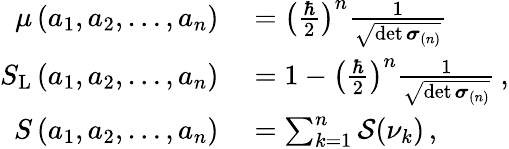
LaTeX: \begin{array}{rl}{\mu\left(a_{1},a_{2},\dots,a_{n}\right)}&{{}=\left(\frac{\hbar}{2}\right)^{n}\frac{1}{\sqrt{\operatorname*{det}\boldsymbol{\sigma}_{(n)}}}}\\ {S_{\mathrm{L}}\left(a_{1},a_{2},\dots,a_{n}\right)}&{{}=1-\left(\frac{\hbar}{2}\right)^{n}\frac{1}{\sqrt{\operatorname*{det}\boldsymbol{\sigma}_{(n)}}}\, ,}\\ {S\left(a_{1},a_{2},\dots,a_{n}\right)}&{{}=\sum_{k=1}^{n}\mathcal{S}(\nu_{k})\, ,}\end{array}